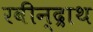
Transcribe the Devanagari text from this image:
रवीन्द्राथ